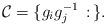
LaTeX: \begin{align*}\mathcal{C} = \{g_ig_j^{-1}\,:\,\}.\end{align*}